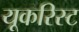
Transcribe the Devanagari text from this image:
यूकरिस्ट